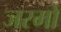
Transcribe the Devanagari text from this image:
जरमों